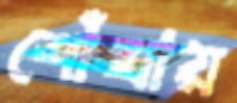
শোঁখায়